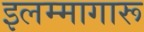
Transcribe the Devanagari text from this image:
इलम्मागारू